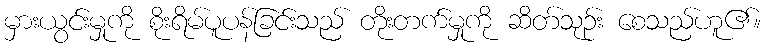
မှားယွင်းမှုကို စိုးရိမ်ပူပန်ခြင်းသည် တိုးတက်မှုကို ဆိတ်သုဉ်း စေသည်ဟူ၏။